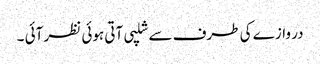
در وازے کی طرف سے شلپی آتی ہوئی نظر آئی ۔